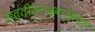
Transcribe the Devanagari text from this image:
छत्तीसगढ़वासियों